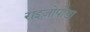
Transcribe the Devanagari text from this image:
राइज़ोपोडा